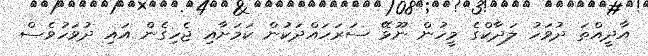
އާދީއްތަ ދުވަހު ލަދާކްގެ މީހުން ނޫޅޭ ސަރަހައްދަކުން ކަމަށާއި ޖެހިގެން އައި ދުވަހުވެސް